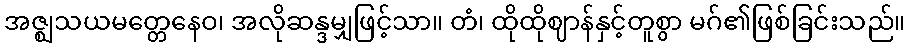
အဇ္ဈသယမတ္တေနေဝ၊ အလိုဆန္ဒမျှဖြင့်သာ။ တံ၊ ထိုထိုဈာန်နှင့်တူစွာ မဂ်၏ဖြစ်ခြင်းသည်။